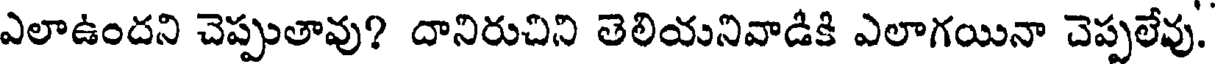
ఎలాఉందని చెప్పుతావు? దానిరుచిని తెలియనివాడీకి ఎలాగయినా చెప్పలేవు.